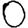
Digit: 0